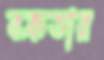
বক্রতার